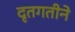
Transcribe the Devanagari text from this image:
दृतगतीने